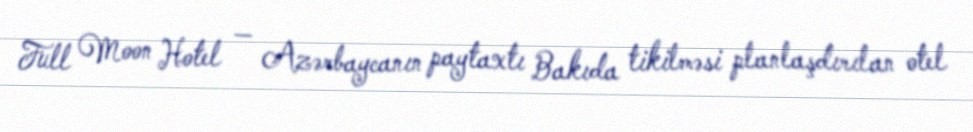
Full Moon Hotel — Azərbaycanın paytaxtı Bakıda tikilməsi planlaşdırılan otel